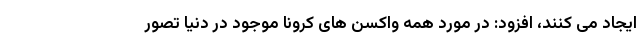
ایجاد می کنند، افزود: در مورد همه واکسن های کرونا موجود در دنیا تصور